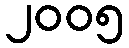
၂၀၀၅